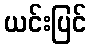
ယင်းပြင်